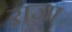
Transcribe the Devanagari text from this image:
ऱाजा